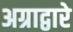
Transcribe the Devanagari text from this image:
अग्राद्वारे